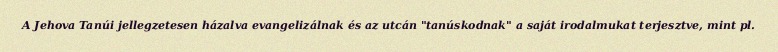
A Jehova Tanúi jellegzetesen házalva evangelizálnak és az utcán "tanúskodnak" a saját irodalmukat terjesztve, mint pl.